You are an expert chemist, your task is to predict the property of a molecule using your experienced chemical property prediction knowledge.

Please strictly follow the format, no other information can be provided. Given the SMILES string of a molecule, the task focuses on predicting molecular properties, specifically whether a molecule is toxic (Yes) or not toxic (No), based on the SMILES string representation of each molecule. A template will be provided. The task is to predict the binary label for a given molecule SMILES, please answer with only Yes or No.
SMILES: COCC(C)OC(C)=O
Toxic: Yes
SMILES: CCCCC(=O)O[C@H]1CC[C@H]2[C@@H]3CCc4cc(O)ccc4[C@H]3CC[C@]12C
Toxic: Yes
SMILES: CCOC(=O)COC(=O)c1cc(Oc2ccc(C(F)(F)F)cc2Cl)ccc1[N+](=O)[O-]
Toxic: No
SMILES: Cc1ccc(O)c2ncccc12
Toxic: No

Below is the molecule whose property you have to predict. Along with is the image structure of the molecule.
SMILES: COc1c(N2C[C@@H]3CCCN[C@@H]3C2)c(F)cc2c(=O)c(C(=O)O)cn(C3CC3)c12
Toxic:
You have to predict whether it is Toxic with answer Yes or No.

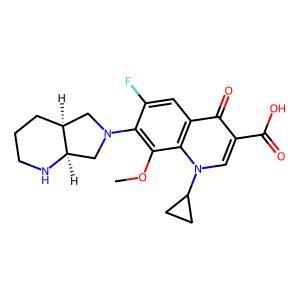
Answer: No